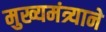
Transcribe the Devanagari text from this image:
मुख्यमंत्र्याने